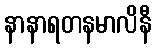
နာနာရတနမာလိနီ